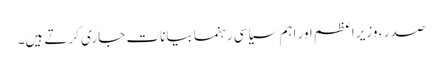
صدر ، وزیر اعظم اور اہم سیاسی رہنما بیانات جاری کرتے ہیں۔